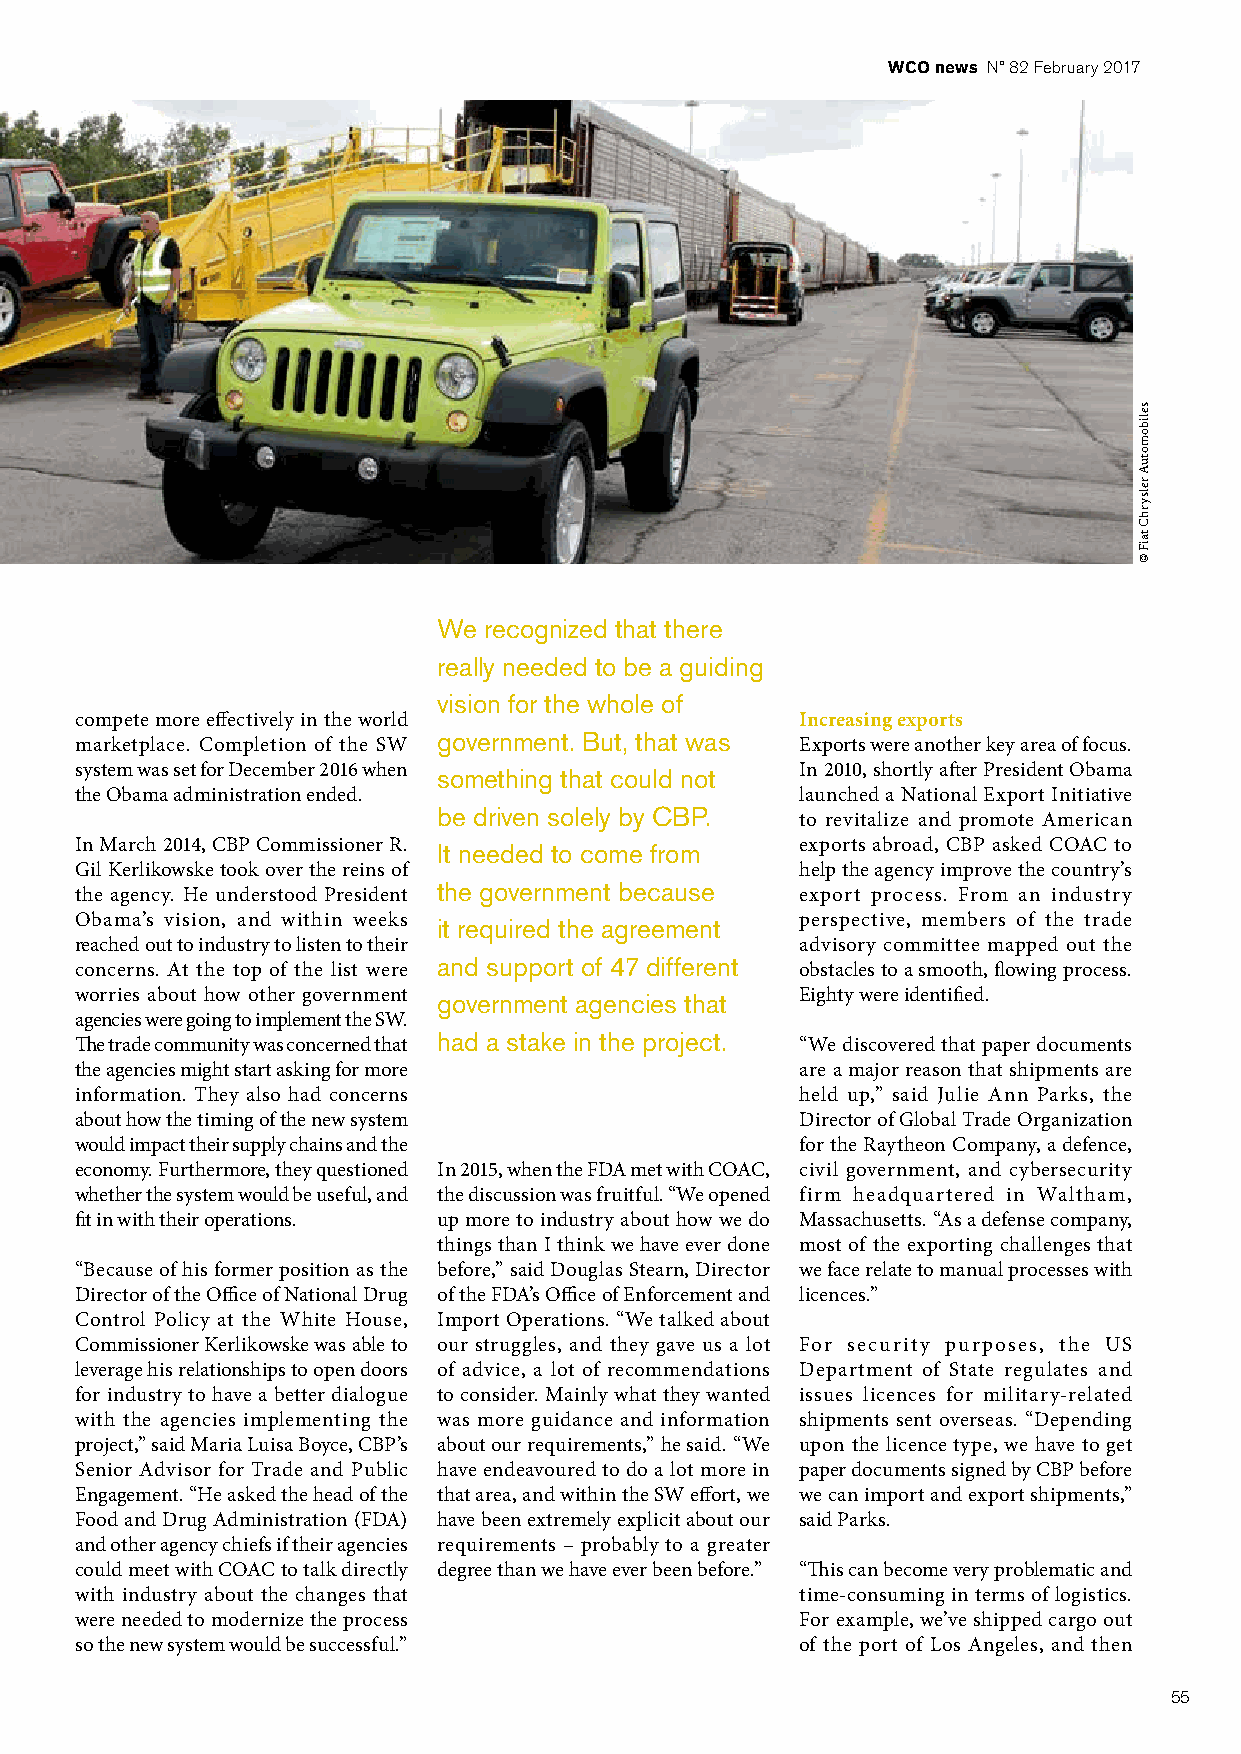
WCO news N° 82 February 2017
 We recognized that there
 really needed to be a guiding
 vision for the whole of
 compete more effectively in the world           Increasing exports
 government. But, that was
 marketplace. Completion of the SW               Exports were another key area of focus.
 system was set for December 2016 when something that could not In 2010, shortly after President Obama
 the Obama administration ended.                 launched a National Export Initiative
 be driven solely by CBP.
 to revitalize and promote American
 In March 2014, CBP Commissioner R. It needed to come from exports abroad, CBP asked COAC to
 Gil Kerlikowske took over the reins of          help the agency improve the country’s
 the government because
 the agency. He understood President             export process. From an industry
 Obama’s vision, and within weeks it required the agreement perspective, members of the trade
 reached out to industry to listen to their      advisory committee mapped out the
 and support of 47 different
 concerns. At the top of the list were           obstacles to a smooth, flowing process.
 worries about how other government government agencies that Eighty were identified.
 agencies were going to implement the SW.
 had a stake in the project.
 The trade community was concerned that          “We discovered that paper documents
 the agencies might start asking for more        are a major reason that shipments are
 information. They also had concerns             held up,” said Julie Ann Parks, the
 about how the timing of the new system          Director of Global Trade Organization
 would impact their supply chains and the        for the Raytheon Company, a defence,
 economy. Furthermore, they questioned In 2015, when the FDA met with COAC, civil government, and cybersecurity
 whether the system would be useful, and the discussion was fruitful. “We opened firm headquartered in Waltham,
 fit in with their operations. up more to industry about how we do Massachusetts. “As a defense company,
 things than I think we have ever done most of the exporting challenges that
 “Because of his former position as the before,” said Douglas Stearn, Director we face relate to manual processes with
 Director of the Office of National Drug of the FDA’s Office of Enforcement and licences.”
 Control Policy at the White House, Import Operations. “We talked about
 Commissioner Kerlikowske was able to our struggles, and they gave us a lot For security purposes, the US
 leverage his relationships to open doors of advice, a lot of recommendations Department of State regulates and
 for industry to have a better dialogue to consider. Mainly what they wanted issues licences for military-related
 with the agencies implementing the was more guidance and information shipments sent overseas. “Depending
 project,” said Maria Luisa Boyce, CBP’s about our requirements,” he said. “We upon the licence type, we have to get
 Senior Advisor for Trade and Public have endeavoured to do a lot more in paper documents signed by CBP before
 Engagement. “He asked the head of the that area, and within the SW effort, we we can import and export shipments,”
 Food and Drug Administration (FDA) have been extremely explicit about our said Parks.
 and other agency chiefs if their agencies requirements – probably to a greater
 could meet with COAC to talk directly degree than we have ever been before.” “This can become very problematic and
 with industry about the changes that            time-consuming in terms of logistics.
 were needed to modernize the process            For example, we’ve shipped cargo out
 so the new system would be successful.”         of the port of Los Angeles, and then
 55
 selibomotuA
 relsyrhC
 taiF
 ©